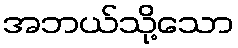
အဘယ်သို့သော